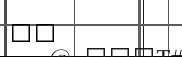
٨٢